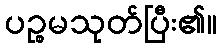
ပဉ္စမသုတ်ပြီး၏။